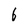
Character: 6